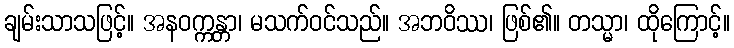
ချမ်းသာသဖြင့်။ အနဝက္ကန္တာ၊ မသက်ဝင်သည်။ အဘဝိဿ၊ ဖြစ်၏။ တသ္မာ၊ ထိုကြောင့်။